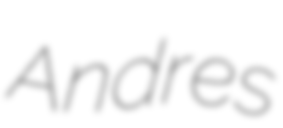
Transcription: Andres